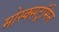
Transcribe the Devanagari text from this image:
मोस्क्सट्रॉमेन